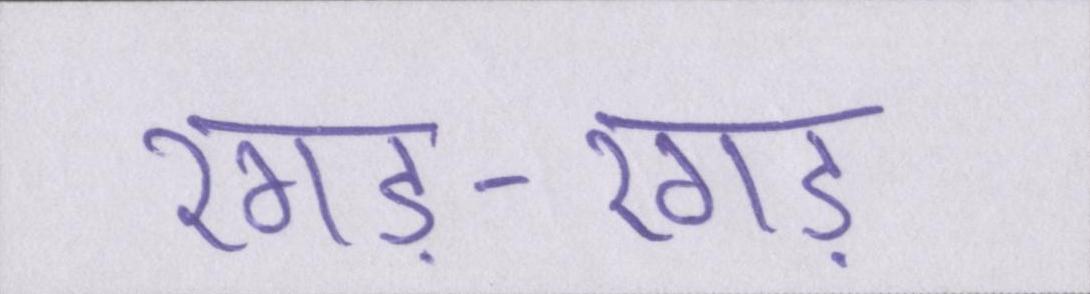
रगड़-रगड़